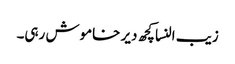
زیب النسا کچھ دیر خاموش رہی۔